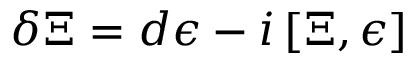
\delta \Xi = d \epsilon - i \, [ \Xi , \epsilon ]